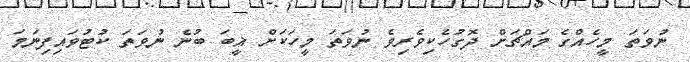
ނުވަތަ މީހެއްގެ މައްޗަށް ދޮގުހެކިވެރިވެ ނުވަތަ މީހަކަށް ޣީބަ ބުނެ ނުވަތަ ކުޓުވައިފިނަމަ